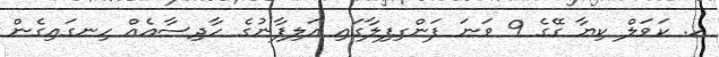
ހ. ކަވަލް ކިޔާ ގޭގެ 9 ވަނަ ފަންގިފިލާގައި އަލިފާނުގެ ހާދިސާއެއް ހިނގައިގެން